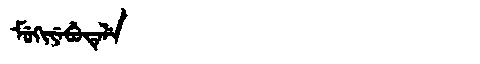
Manchu: ᠮᡠᡴᡳᠶᡝᠪᡠᡨᡝᠯᡝ
Romanization: MUKIYEBUTELE